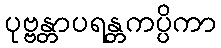
ပုဗ္ဗန္တာပရန္တကပ္ပိကာ